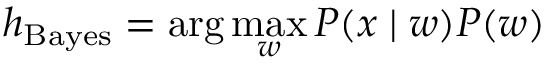
h _ { \mathrm { B a y e s } } = \arg \operatorname* { m a x } _ { w } P ( x \mid w ) P ( w )